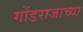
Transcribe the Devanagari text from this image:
गोंडराजाच्या